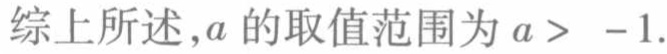
综上所述，\(a\)的取值范围为\(a > -1\)对应的LATEX格式为：
综上所述，\(a\)的取值范围为\(a > - 1\)。